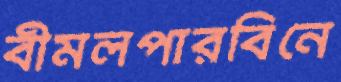
বীমলপারবিনে